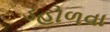
ડહોળવા